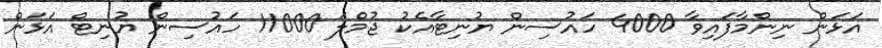
އަޅަން ނިންމާފައިވާ 4000 ހައުސިން ޔުނިޓާއެކު ޖުމްލަ 11000 ހައުސިން ޔުނިޓް އަޅަން